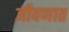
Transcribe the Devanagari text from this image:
जीवणात